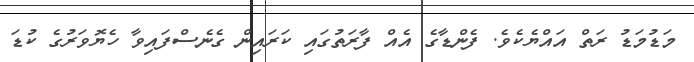
މަޑުމަޑު ރަތް އައްޔެކެވެ. ފެންޑާގެ އެއް ފާރަތުގައި ކަރައިން ގެނެސްފައިވާ ހެޔޮވަރުގެ ކުޑަ